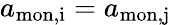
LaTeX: {a_{\mathrm{mon,i}}=a_{\mathrm{mon,j}}}